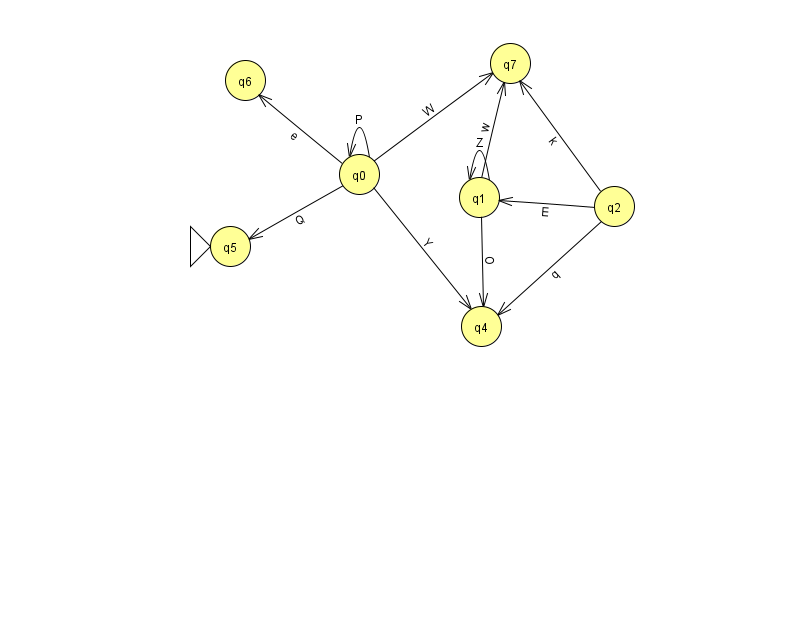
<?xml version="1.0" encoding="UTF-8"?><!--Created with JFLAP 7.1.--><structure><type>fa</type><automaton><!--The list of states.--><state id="0" name="q0"><x>359.0</x><y>161.0</y></state><state id="1" name="q1"><x>479.0</x><y>184.0</y></state><state id="2" name="q2"><x>614.0</x><y>193.0</y></state><state id="4" name="q4"><x>481.0</x><y>313.0</y></state><state id="5" name="q5"><x>230.0</x><y>233.0</y><initial/></state><state id="6" name="q6"><x>245.0</x><y>67.0</y></state><state id="7" name="q7"><x>510.0</x><y>50.0</y></state><!--The list of transitions.--><transition><from>0</from><to>0</to><read>P</read></transition><transition><from>1</from><to>7</to><read>w</read></transition><transition><from>0</from><to>6</to><read>e</read></transition><transition><from>1</from><to>4</to><read>O</read></transition><transition><from>2</from><to>1</to><read>E</read></transition><transition><from>0</from><to>5</to><read>Q</read></transition><transition><from>2</from><to>4</to><read>q</read></transition><transition><from>0</from><to>4</to><read>Y</read></transition><transition><from>0</from><to>7</to><read>W</read></transition><transition><from>1</from><to>1</to><read>Z</read></transition><transition><from>2</from><to>7</to><read>k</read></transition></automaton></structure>